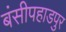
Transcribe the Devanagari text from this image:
बंसीपहाडपुर